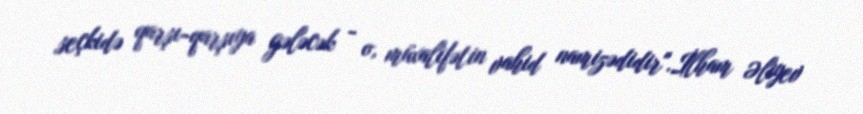
seçkidə qarşı-qarşıya gələcək - o, müxalifətin vahid namizədidir".İlham Əliyev